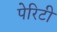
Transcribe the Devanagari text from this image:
पेरिटी